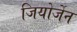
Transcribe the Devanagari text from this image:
जियोर्जेन